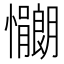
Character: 𫻠